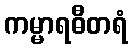
ကမ္မာရဓီတရံ